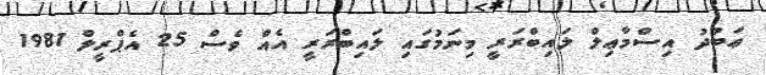
ޢަބުދު އިސްމާޢިލް ލައިބްރަރީ މިނަމުގައި ލައިބްރަރީ އެއް ވެސް 25 އެޕްރީލް 1981